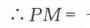
\(\therefore PM = -\)